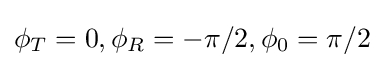
\phi _{T}=0,\phi _{R}=-\pi /2,\phi _{0}=\pi /2